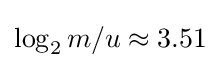
\log _{2}{m/u}\approx 3.51